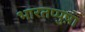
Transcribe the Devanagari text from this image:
भारतप्पुष़ा